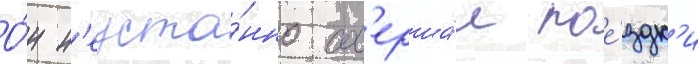
О́н н'еуста́нно сов'ерша́л пое́здк'и